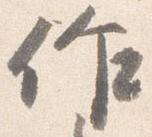
作